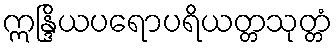
ဣန္ဒြိယပရောပရိယတ္တသုတ္တံ